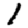
Digit: 1